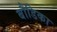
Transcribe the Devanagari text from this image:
बौडिका